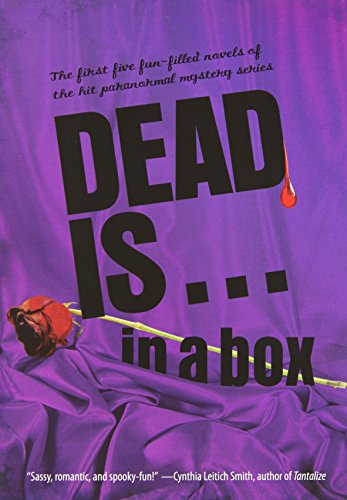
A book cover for Dead Is In a Box boxed set; Marlene Perez; Teen & Young Adult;